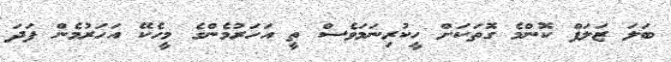
ބަލަ ޒަލަފް ކޮންމެ ގޮތަކަށް ހީކުރިނަމަވެސް ތީ އަހަރުމެންގެ މީހެކޭ އަހަރުމެން ފަދަ